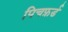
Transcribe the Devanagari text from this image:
पिचफ़र्ड